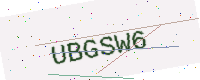
Text: UBGSW6